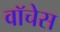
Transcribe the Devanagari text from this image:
वॉचेस